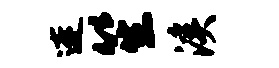
连笙溪